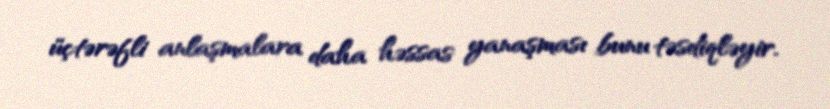
üçtərəfli anlaşmalara daha həssas yanaşması bunu təsdiqləyir.